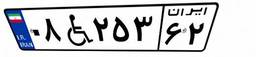
۰۳W۵۰۳۰۵